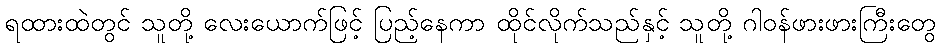
ရထားထဲတွင် သူတို့ လေးယောက်ဖြင့် ပြည့်နေကာ ထိုင်လိုက်သည်နှင့် သူတို့ ဂါဝန်ဖားဖားကြီးတွေ